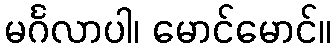
မင်္ဂလာပါ၊ မောင်မောင်။